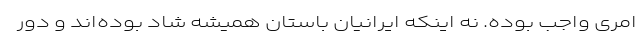
امری واجب بوده. نه اینکه ایرانیان باستان همیشه شاد بوده‌اند و دور